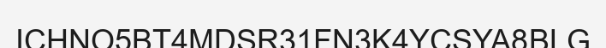
ICHNO5BT4MDSR31FN3K4YCSYA8BLG